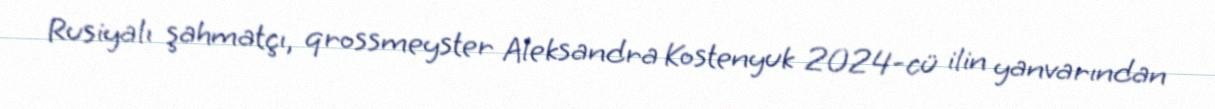
Rusiyalı şahmatçı, qrossmeyster Aleksandra Kostenyuk 2024-cü ilin yanvarından